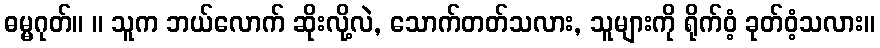
ဓမ္မဂုတ်။ ။ သူက ဘယ်လောက် ဆိုးလို့လဲ, သောက်တတ်သလား, သူများကို ရိုက်ဝံ့ ခုတ်ဝံ့သလား။